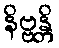
နိဗ္ဗန္တိ